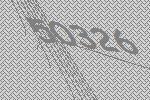
50326